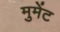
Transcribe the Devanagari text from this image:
मुमेंट